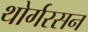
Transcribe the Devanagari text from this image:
थोर्गरसन